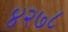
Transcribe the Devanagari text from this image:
४२७८